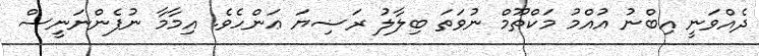
ދެއްވަނީ އިބްނު އުއްމު މަކްތޫމް ނުވަތަ ބިލާލު ރަޟިޔަ ޢަންހެވެ. އިމާމާ ނުފެންނަނީސް